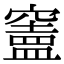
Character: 𥨠